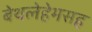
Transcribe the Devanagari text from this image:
बेथलेहेमसह